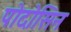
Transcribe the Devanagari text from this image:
पोदोसिन